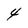
Character: 4